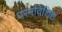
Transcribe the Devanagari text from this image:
परमविशिष्ठ